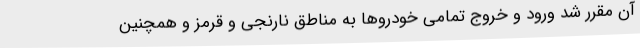
آن مقرر شد ورود و خروج تمامی خودروها به مناطق نارنجی و قرمز و همچنین